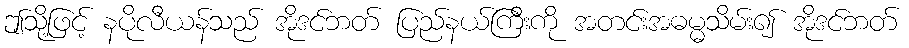
ဤသို့ဖြင့် နပိုလီယန်သည် အိုဒင်ဘတ် ပြည်နယ်ကြီးကို အတင်းအဓမ္မသိမ်း၍ အိုဒင်ဘတ်